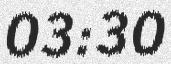
03:30